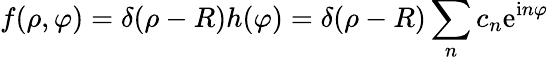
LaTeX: f(\rho,\varphi)=\delta(\rho-R)h(\varphi)=\delta(\rho-R)\sum_{n}c_{n}\mathrm{e}^{\mathrm{{i}}n\varphi}